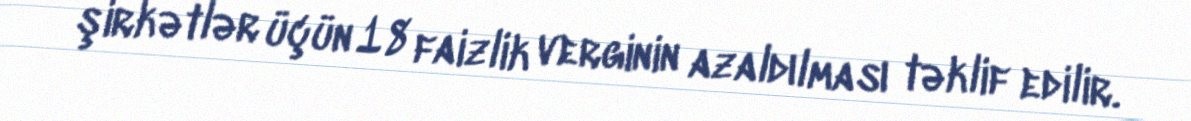
şirkətlər üçün 18 faizlik verginin azaldılması təklif edilir.